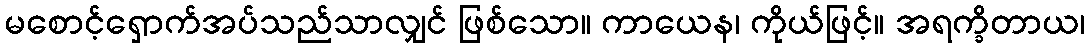
မစောင့်ရှောက်အပ်သည်သာလျှင် ဖြစ်သော။ ကာယေန၊ ကိုယ်ဖြင့်။ အရက္ခိတာယ၊